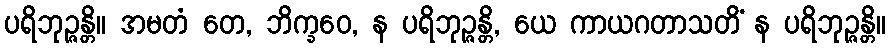
ပရိဘုဉ္ဇန္တိ။ အမတံ တေ, ဘိက္ခဝေ, န ပရိဘုဉ္ဇန္တိ, ယေ ကာယဂတာသတိံ န ပရိဘုဉ္ဇန္တိ။